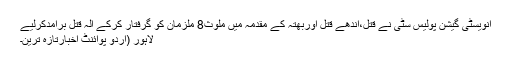
انویسٹی گیشن پولیس سٹی نے قتل،اندھے قتل اوربھتہ کے مقدمہ میں ملوث8 ملزمان کو گرفتار کرکے آلہ قتل برآمدکرلیے
لاہور (اُردو پوائنٹ اخبارتازہ ترین۔